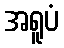
အရူပံ